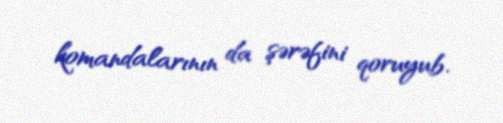
komandalarının da şərəfini qoruyub.